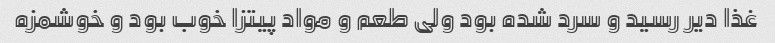
غذا دیر رسید و سرد شده بود ولی طعم و مواد پیتزا خوب بود و خوشمزه